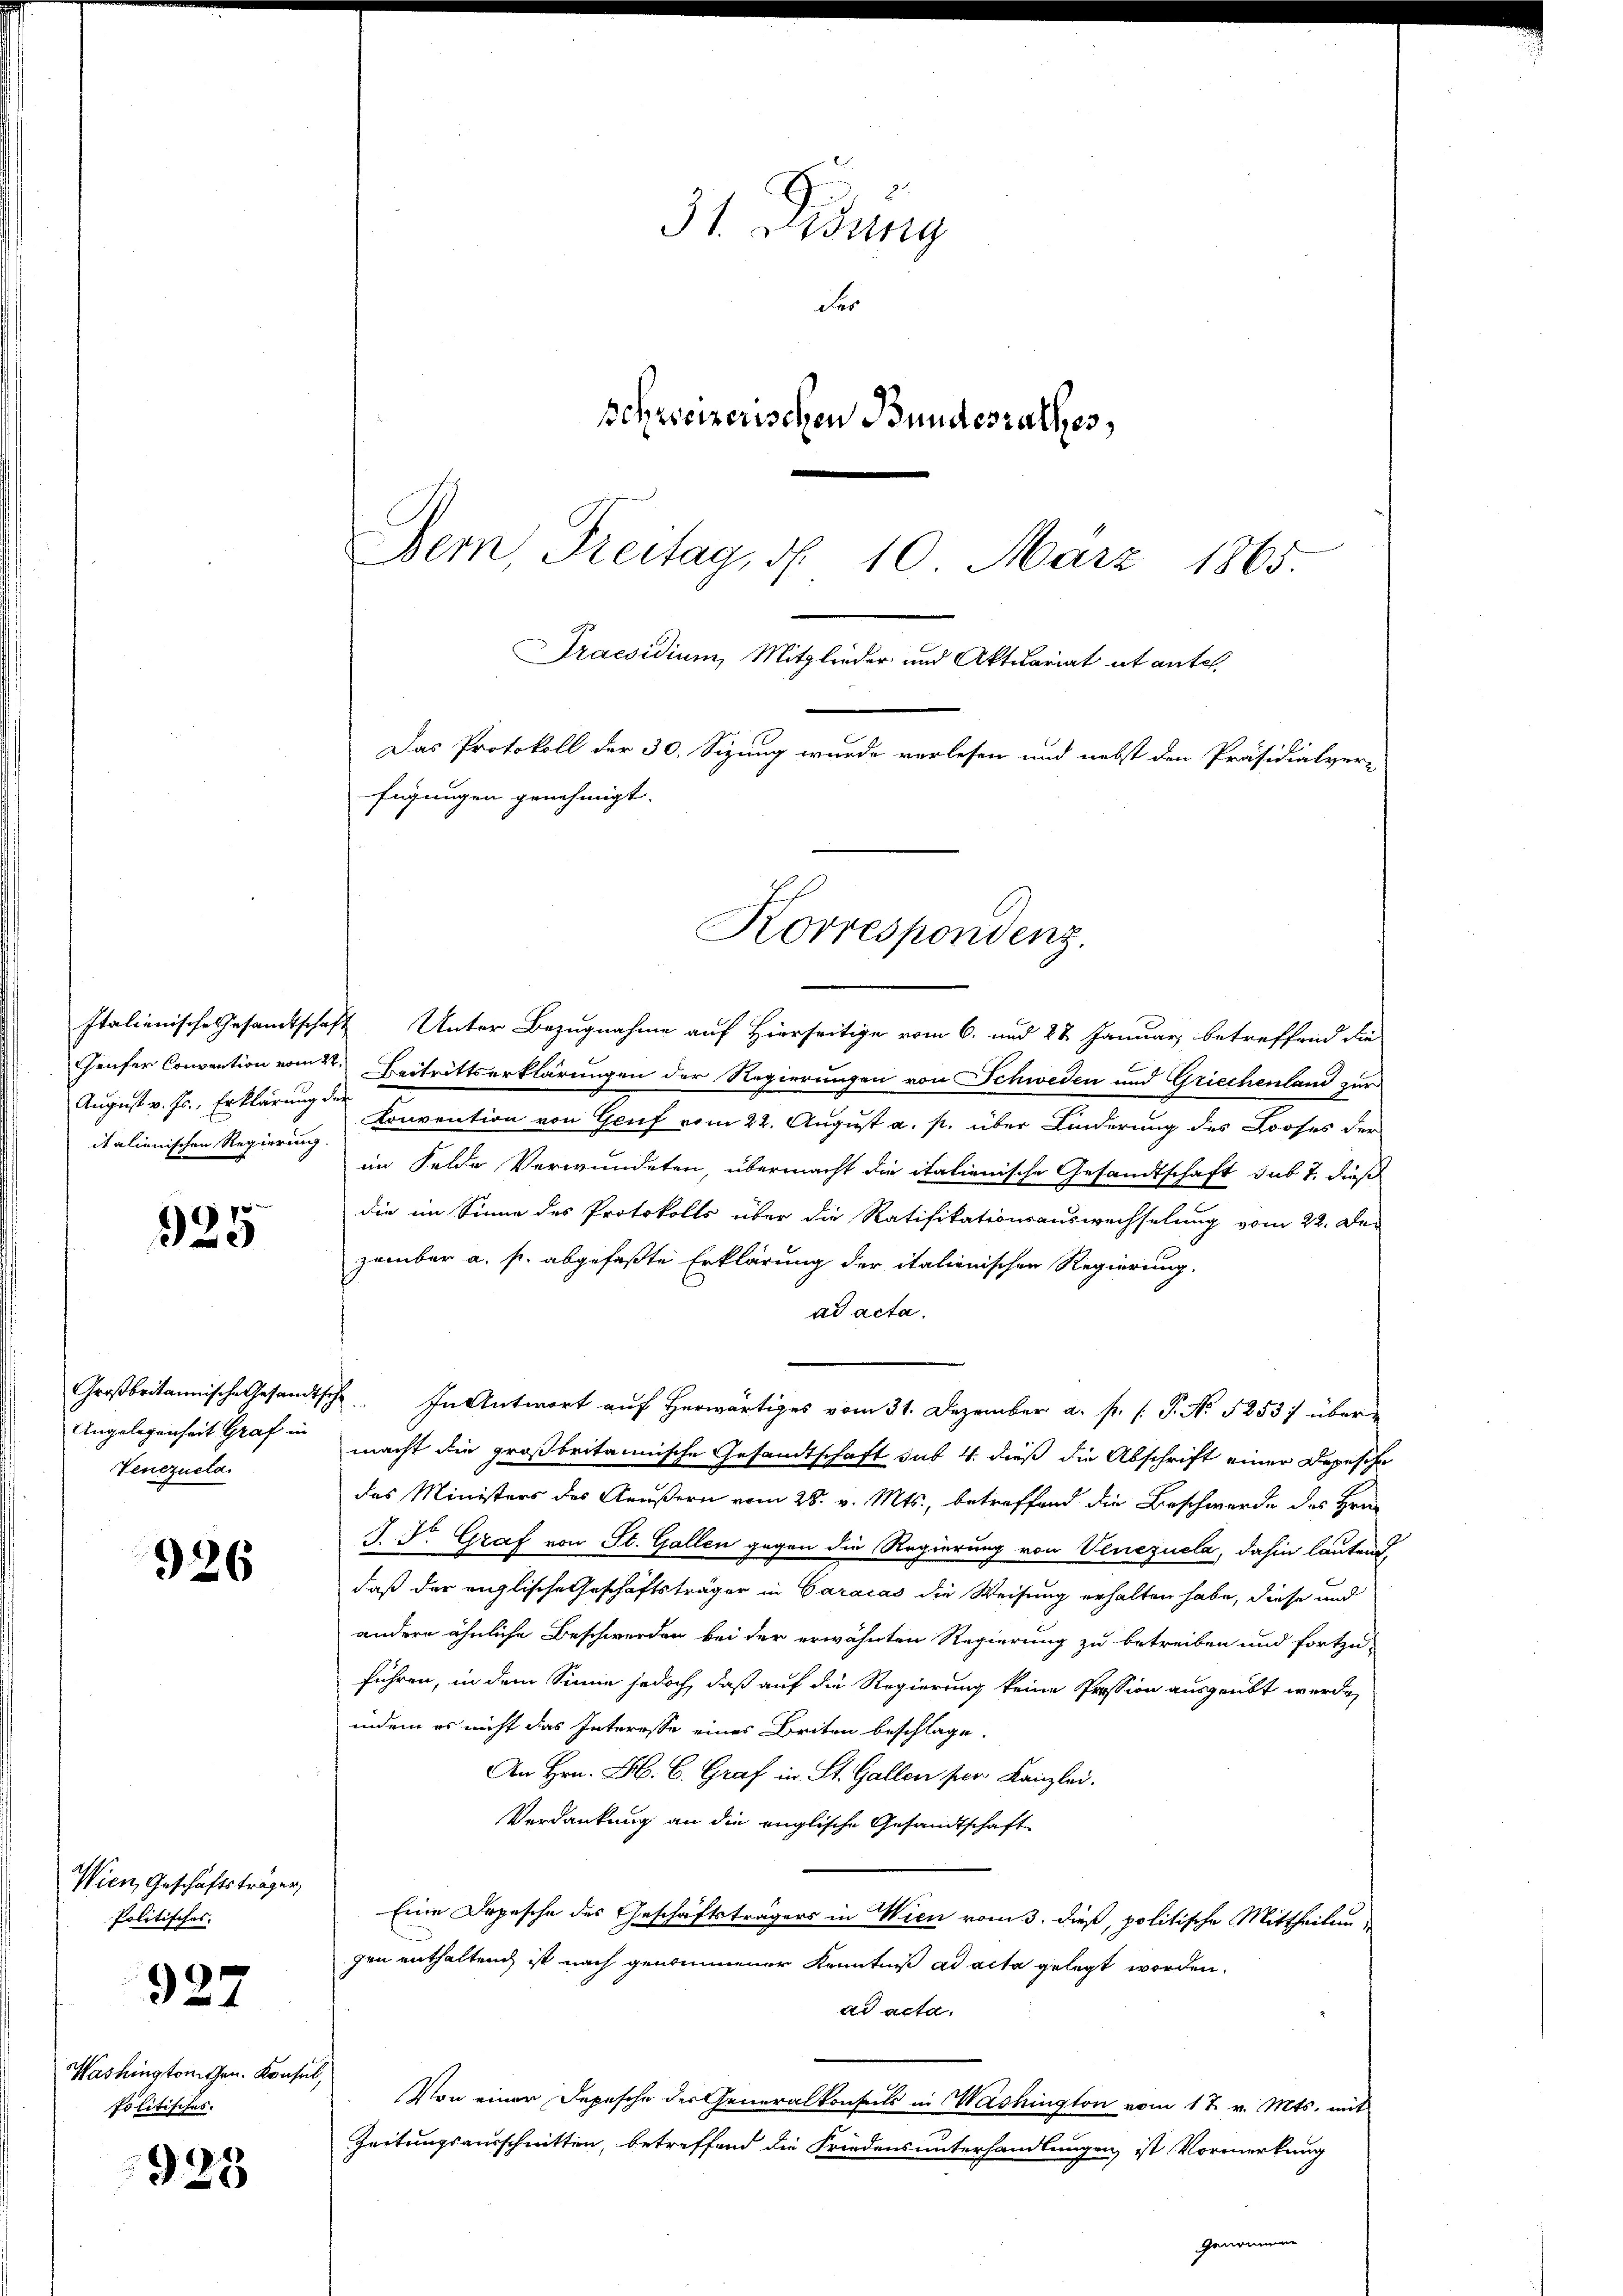
August v. Js., Erklärung der
italienischen Regierung.

925

Venezuela

926

Wien, Geschäftsträger,
Politisches.

927

Washingtonchen. Konsin
politisches.

928

31. Dedung
der
schweizerischen Bundesrathes,
Bern, Freitag, d. 10. März 1865.
Praesidium, Mitglieder und Aktuariat et antel

Italienische Gesandtschaft Unter Bezugnahme auf Hierseitige vom 6. und 28 Januar, betreffend die
Heufer Convention vom 2ten Beitrittserklärungen der Regierungen von Schweden und Griechenland zur
Konvention von Genf vom 22. August a. p. über Linderung des Looses der
im Felde Verwundeten, übermacht die italienische Gesandtschaft sub 7. dieß
die im Sinne des Protokolls über die Ratifikationsauswechselung vom 22. De-
zember a. p. abgefaßte Erklärung der italienischen Regierung
ad acta.
Großbritannische Gesandtsch. In Antwort auf herwärtiges vom 31. Dezember a. f. (: P. No 5253; über¬
Angelegenheit Graf in macht die großbritannische Gesandtschaft sub 4. dieß die Abschrift einer Depeschr
das Ministers des Aeußern vom 28. v. Mts., betreffend die Beschwerde des Hrn.
J. Dr. Graf von St. Gallen gegen die Regierung von Venezuela, dahin lautend,
daß der englische Geschäftsträger in Caracas die Weisung erhalten habe, diese und
andere ähnliche Beschwerden bei der erwähnten Regierung zu betreiben und fortzu-
führen, in dem Sinne jedoch, daß auf die Regierung keine Pression ausgeübt werde,
indem es nicht das Interesse eines Briten beschlage.
An Hrn. F. B. Graf in St. Gallen per Kanzlei.
Verdankung an die englische Gesandtschaft
Eine Depesche des Geschäftsträgers in Wien vom 3. dieß, politische Mittheilungen enthaltend, ist nach genommener Kenntniß ad acta gelegt worden.
ad acta.
i
Von einer Depesche der Generalkonsuls in Washington vom 17. v. Mts. mit
Zeitungsausschnitten, betreffend die Friedensunterhandlungen, ist Vormerkung

Das Protokoll der 30. Sizung wurde verlesen und nebst den Präsidialver-
fügungen genehmigt.

Korrespondenz.